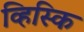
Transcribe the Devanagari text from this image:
व्हिस्कि